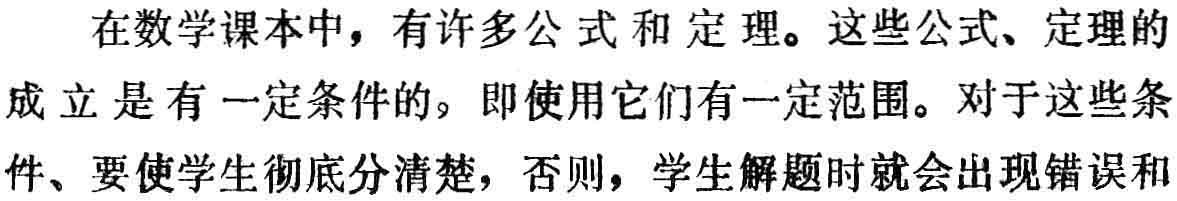
在数学课本中，有许多公式和定理。这些公式、定理的成立是有一定条件的，即使用它们有一定范围。对于这些条件、要使学生彻底分清楚，否则，学生解题时就会出现错误和